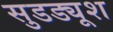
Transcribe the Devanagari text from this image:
सुडड्यूश